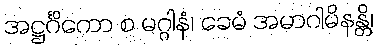
အဋ္ဌင်္ဂိကော စ မဂ္ဂါနံ၊ ခေမံ အမာဂါမိနန္တိ၊